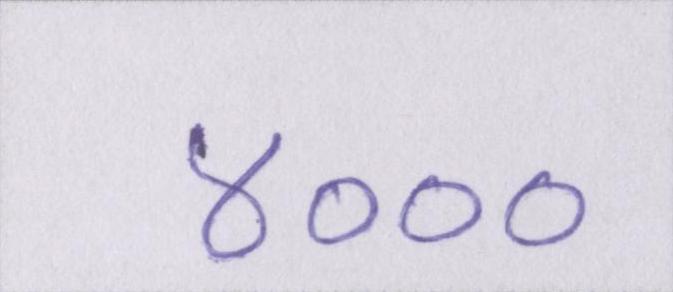
४०००